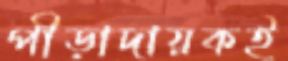
পীড়াদায়কই